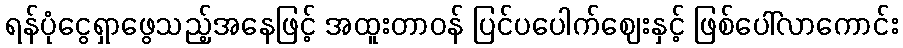
ရန်ပုံငွေရှာဖွေသည့်အနေဖြင့် အထူးတာဝန် ပြင်ပပေါက်ဈေးနှင့် ဖြစ်ပေါ်လာကောင်း